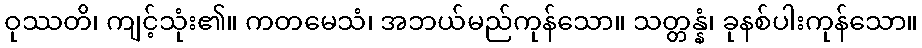
ဝုဿတိ၊ ကျင့်သုံး၏။ ကတမေသံ၊ အဘယ်မည်ကုန်သော။ သတ္တန္နံ၊ ခုနစ်ပါးကုန်သော။